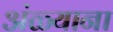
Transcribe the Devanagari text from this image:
अंळ्याना